Scottish Leaving Certificate Examination, 1955
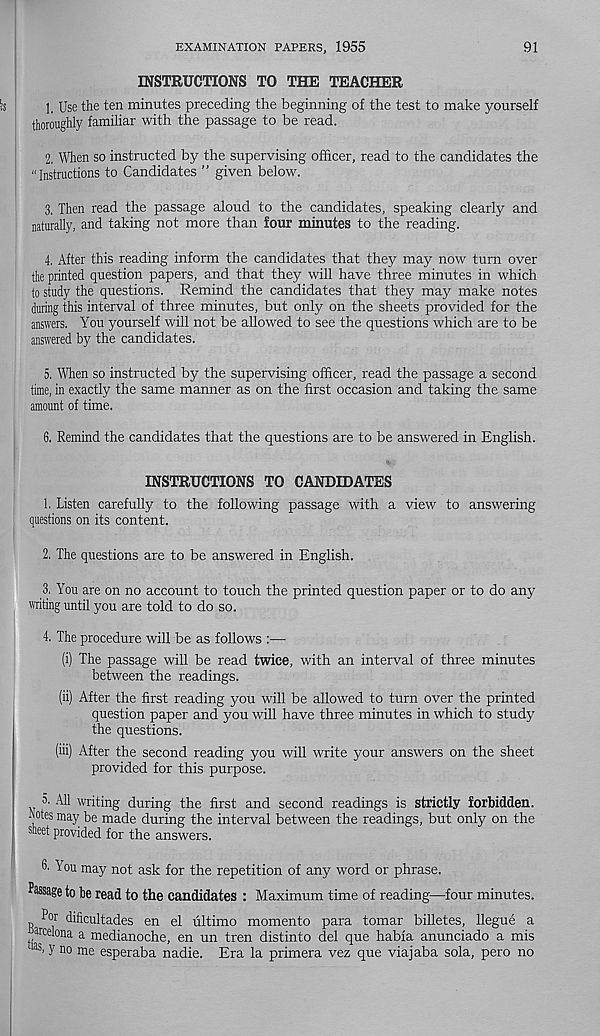
EXAMINATION PAPERS, 1955
91
INSTRUCTIONS TO THE TEACHER
1, Use the ten minutes preceding the beginning of the test to make yourself
thoroughly familiar with the passage to be read.
2, When so instructed by the supervising officer, read to the candidates the
“Instructions to Candidates ” given below.
3, Then read the passage aloud to the candidates, speaking clearly and
naturally, and taking not more than four minutes to the reading.
4, After this reading inform the candidates that they may now turn over
the printed question papers, and that they will have three minutes in which
to study the questions. Remind the candidates that they may make notes
during this interval of three minutes, but only on the sheets provided for the
answers. You yourself will not be allowed to see the questions which are to be
answered by the candidates.
5, When so instructed by the supervising officer, read the passage a second
time, in exactly the same manner as on the first occasion and taking the same
amount of time.
6, Remind the candidates that the questions are to be answered in English.
INSTRUCTIONS TO CANDIDATES
1. Listen carefully to the following passage with a view to answering
questions on its content.
2. The questions are to be answered in English.
3. You are on no account to touch the printed question paper or to do any
writing until you are told to do so.
4. The procedure will be as follows :—
(i) The passage will be read twice, with an interval of three minutes
between the readings.
(ii) After the first reading you will be allowed to turn over the printed
question paper and you will have three minutes in which to study
the questions.
(iii) After the second reading you will write your answers on the sheet
provided for this purpose.
5. All writing during the first and second readings is strictly forbidden,
holes may be made during the interval between the readings, but only on the
sheet provided for the answers.
6. You may not ask for the repetition of any word or phrase.
Passage to be read to the candidates : Maximum time of reading—four minutes.
Por dificultades en el ultimo momento para tomar billetes, llegue a
arcelona a medianoche, en un tren distinto del que habfa anunciado a mis
las > y no me esperaba nadie. Era la primera vez que viajaba sola, pero no